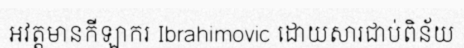
អវត្តមានកីឡាករ Ibrahimovic ដោយសារជាប់ពិន័យ